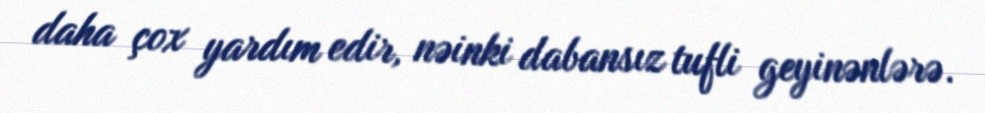
daha çox yardım edir, nəinki dabansız tufli geyinənlərə.